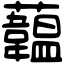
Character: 𧄧